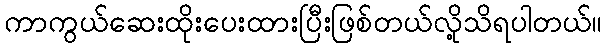
ကာကွယ်ဆေးထိုးပေးထားပြီးဖြစ်တယ်လို့သိရပါတယ်။